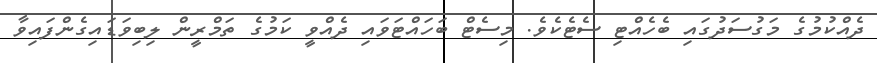
ދެއްކުމުގެ މަގުސަދުގައި ބެހެއްޓި ސެޓެކެވެ. މިސެޓް ބަހައްޓަވައި ދެއްވީ ކަމުގެ ތަމްރީން ލިބިވަޑައިގެންފައިވާ